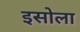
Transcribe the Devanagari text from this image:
इसोला